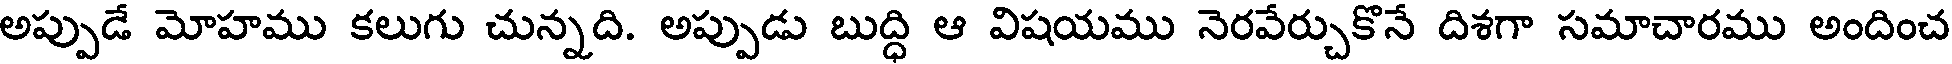
అప్పుడే మోహము కలుగు చున్నది. అప్పుడు బుద్ధి ఆ విషయము నెరవేర్చుకొనే దిశగా సమాచారము అందించ